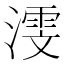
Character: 𬈳